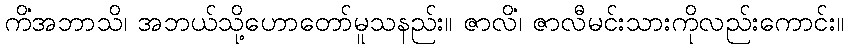
ကိံအဘာသိ၊ အဘယ်သို့ဟောတော်မူသနည်း။ ဇာလိံ၊ ဇာလီမင်းသားကိုလည်းကောင်း။